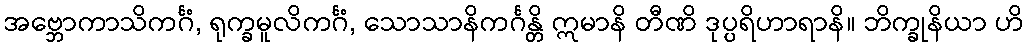
အဗ္ဘောကာသိကင်္ဂံ, ရုက္ခမူလိကင်္ဂံ, သောသာနိကင်္ဂန္တိ ဣမာနိ တီဏိ ဒုပ္ပရိဟာရာနိ။ ဘိက္ခုနိယာ ဟိ